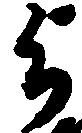
与